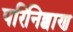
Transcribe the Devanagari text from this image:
परिनिब्बाण